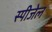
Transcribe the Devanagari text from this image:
स्पीजेल